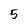
Character: 5